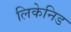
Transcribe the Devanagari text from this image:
लिकेनिड